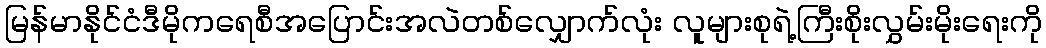
မြန်မာနိုင်ငံဒီမိုကရေစီအပြောင်းအလဲတစ်လျှောက်လုံး လူများစုရဲ့ကြီးစိုးလွှမ်းမိုးရေးကို